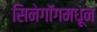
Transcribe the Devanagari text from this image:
सिनेगॉगमधून